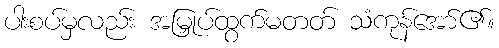
ပါးစပ်မှလည်း အမြှုပ်ထွက်မတတ် သံကုန်အော်၏။